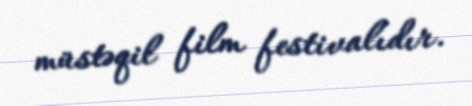
müstəqil film festivalıdır.